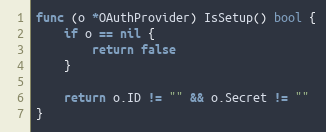
Language: Go
func (o *OAuthProvider) IsSetup() bool {
	if o == nil {
		return false
	}

	return o.ID != "" && o.Secret != ""
}